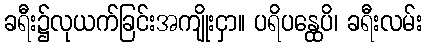
ခရီး၌လုယက်ခြင်းအကျိုးငှာ။ ပရိပန္ထေပိ၊ ခရီးလမ်း